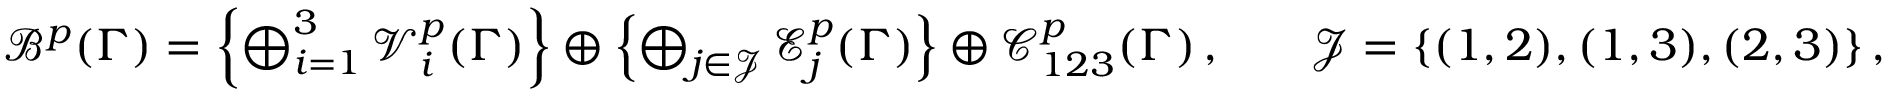
\begin{array} { r l r } { \mathcal { B } ^ { p } ( \Gamma ) = \left\{ \bigoplus _ { i = 1 } ^ { 3 } \mathcal { V } _ { i } ^ { p } ( \Gamma ) \right\} \oplus \left\{ \bigoplus _ { j \in \mathcal { J } } \mathcal { E } _ { j } ^ { p } ( \Gamma ) \right\} \oplus \mathcal { C } _ { 1 2 3 } ^ { p } ( \Gamma ) \, , } & { } & { \mathcal { J } = \{ ( 1 , 2 ) , ( 1 , 3 ) , ( 2 , 3 ) \} \, , } \end{array}